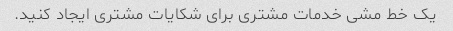
یک خط مشی خدمات مشتری برای شکایات مشتری ایجاد کنید.